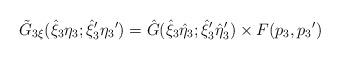
LaTeX: \begin{align*}{\tilde G}_{3 \xi}({\hat \xi}_3 {\eta}_3; {{\hat \xi}_3}' {{\eta}_3}')= {\hat G}({{\hat \xi}_3} {\hat \eta}_3; {{\hat \xi}_3}' {{\hat \eta}_3}')\times F(p_3, {p_3}')\end{align*}